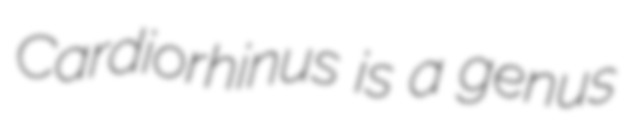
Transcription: Cardiorhinus is a genus